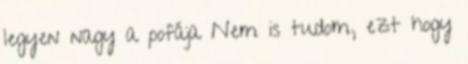
legyen nagy a pofája Nem is tudom, ezt hogy